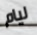
ليام